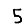
Digit: 5